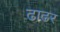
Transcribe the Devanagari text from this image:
ढाढर